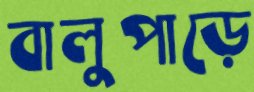
বালুপাড়ে